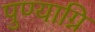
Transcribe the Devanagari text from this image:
पुण्याग्नि